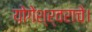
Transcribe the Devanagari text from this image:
योगेश्र्वराचे।